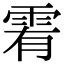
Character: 䨖